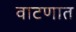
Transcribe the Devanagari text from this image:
वाटणात